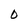
Character: O